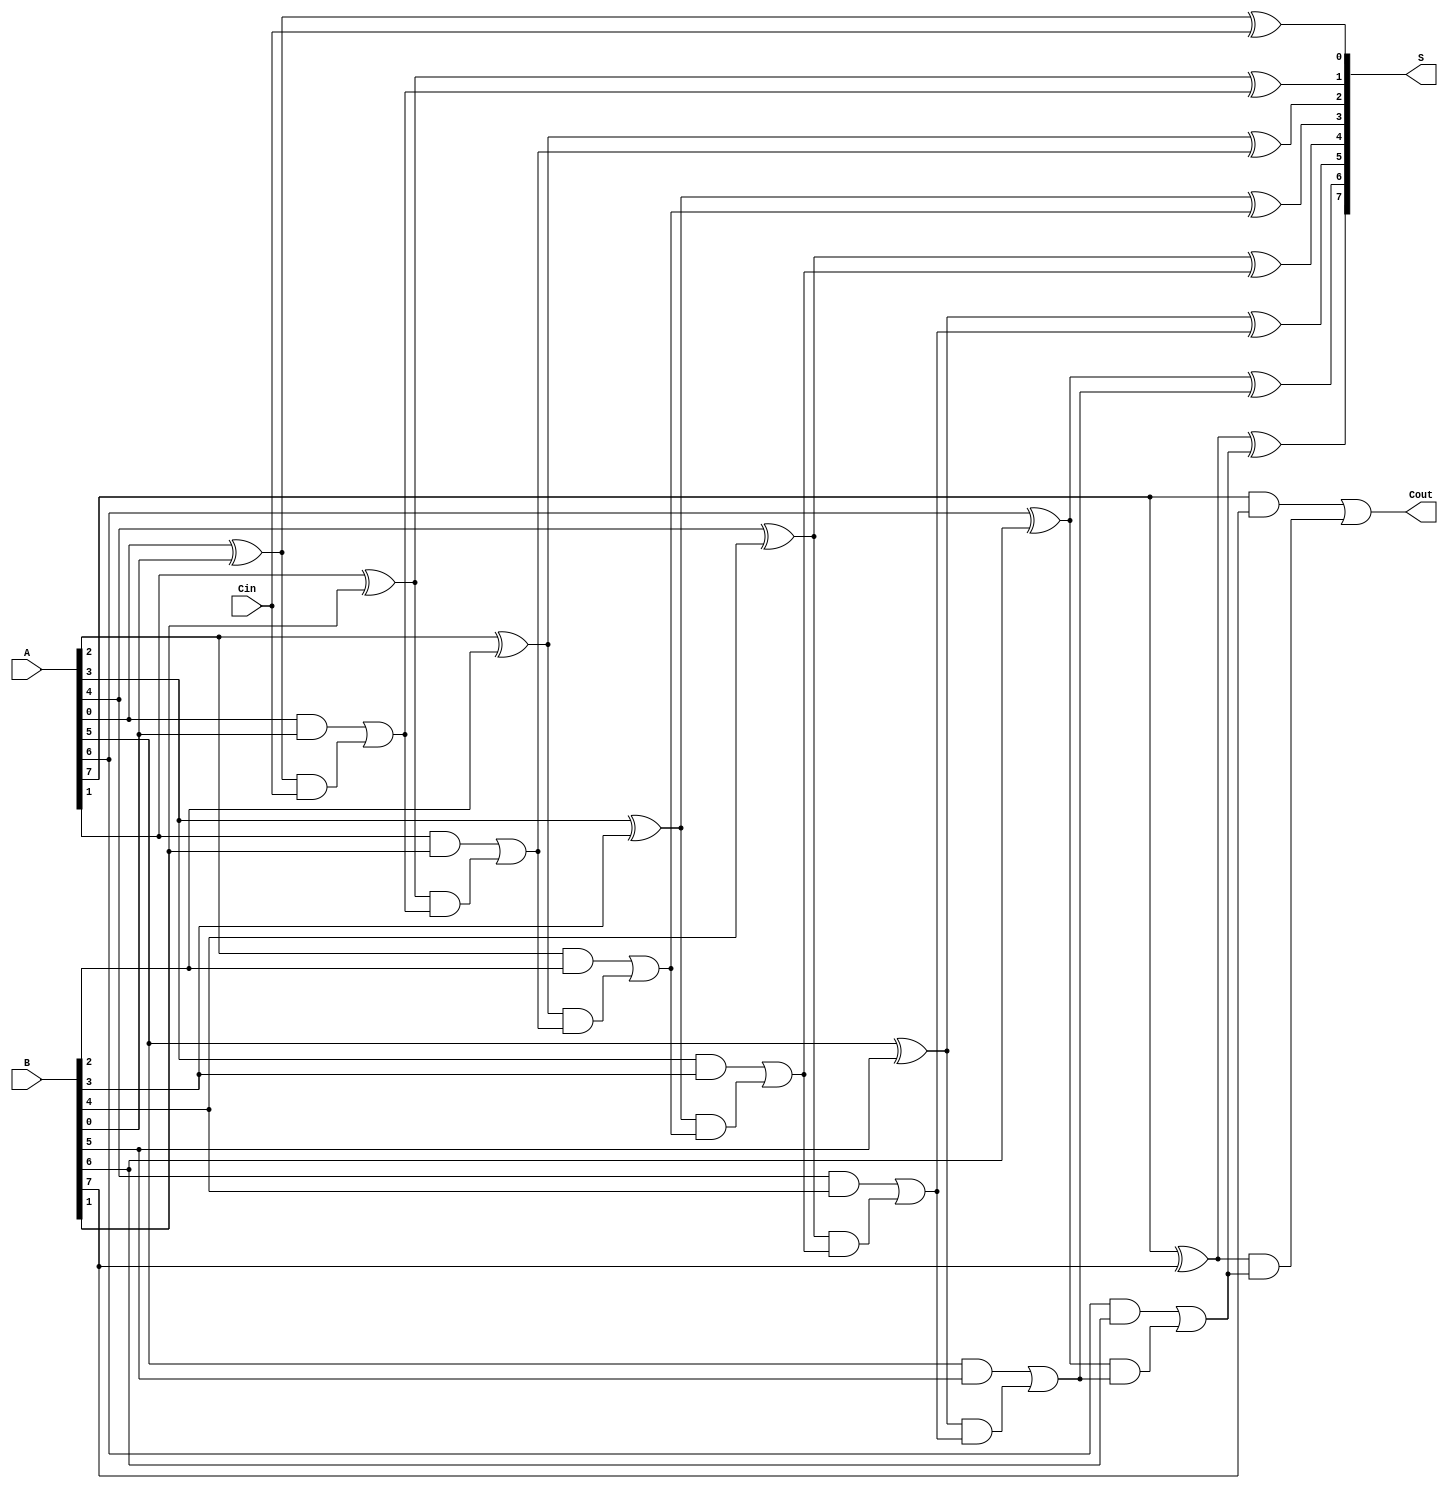
module ManchesterCarryChainAdder #(parameter N = 8) (
    input  wire [N-1:0] A,      // First n-bit input
    input  wire [N-1:0] B,      // Second n-bit input
    input  wire Cin,             // Carry-in
    output wire [N-1:0] S,       // n-bit sum output
    output wire Cout             // Carry-out
);

    wire [N:0] C;               // Carry signals (C[0] = Cin, C[N] = Cout)
    assign C[0] = Cin;          // Initialize carry-in

    // Generate sum and carry for each bit
    genvar i;
    generate
        for (i = 0; i < N; i = i + 1) begin : full_adder
            // Sum calculation
            assign S[i] = A[i] ^ B[i] ^ C[i];

            // Carry calculation
            assign C[i + 1] = (A[i] & B[i]) | ((A[i] ^ B[i]) & C[i]);
        end
    endgenerate

    assign Cout = C[N];         // Final carry-out

endmodule